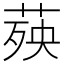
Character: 𦴊